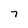
Character: 7